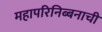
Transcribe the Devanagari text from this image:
महापरिनिब्बनाची